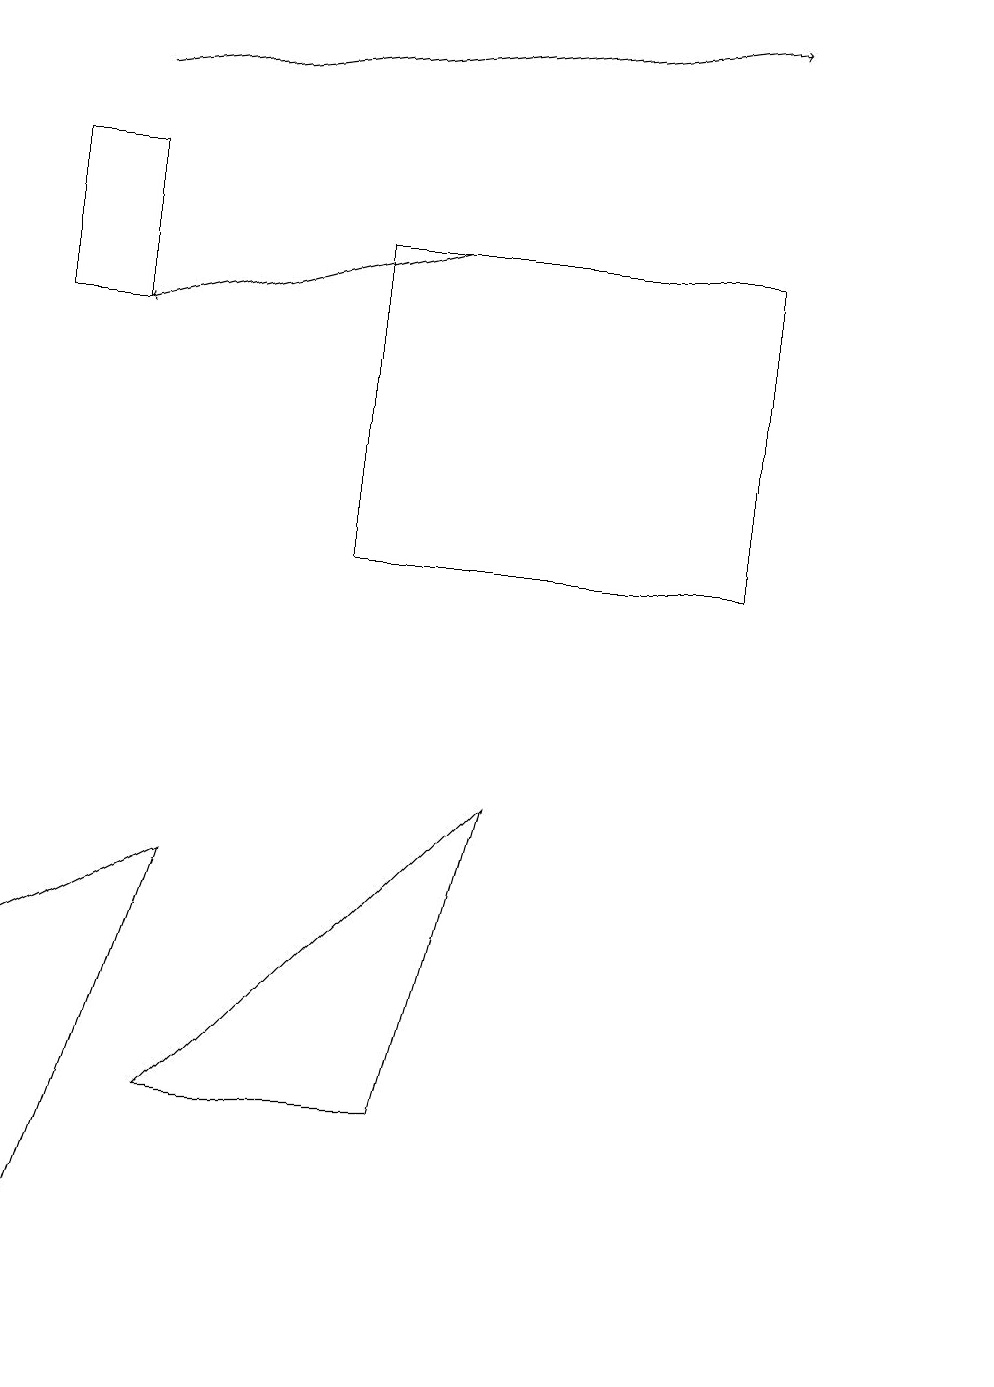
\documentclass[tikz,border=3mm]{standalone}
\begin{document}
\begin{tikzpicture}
\draw (6,8) -- (5,4) -- (2,4) -- cycle;
\draw (0,1) -- (0,6) -- (2,7) -- cycle;
\draw (1,16) rectangle (0,14);
\draw[->] (5,15) -- (1,14);
\draw[->] (1,17) -- (9,18);
\draw (4,15) rectangle (9,11);
\draw (12,11) circle (0);
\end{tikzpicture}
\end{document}